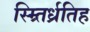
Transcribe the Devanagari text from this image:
स्म्र्तिर्ध्रतिह